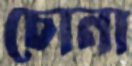
চোনা